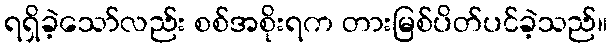
ရရှိခဲ့သော်လည်း စစ်အစိုးရက တားမြစ်ပိတ်ပင်ခဲ့သည်။